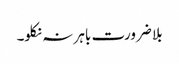
بلا ضرورت باہر نہ نکلو۔